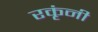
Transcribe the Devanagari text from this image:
रकृंनी